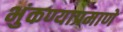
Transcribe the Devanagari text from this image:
भुंकण्याप्रमाणे